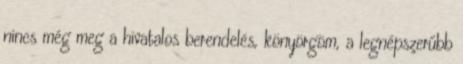
nincs még meg a hivatalos berendelés, könyörgöm, a legnépszerűbb